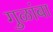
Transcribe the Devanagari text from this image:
गुळांबा